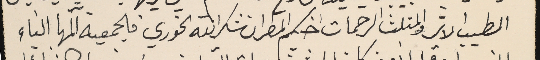
الطيب الاثر والمثلث الرحمات اخيكم المطران شكرالله الخوري فالجمعية آلمها النباء